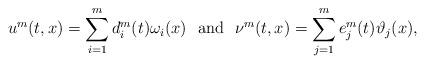
LaTeX: \begin{align*} u^m(t, x) =\sum_{i=1}^m d_i^m(t)\omega_i(x)\,\, \textrm{ and }\,\, \nu^m(t, x) =\sum_{j=1}^m e_j^m(t)\vartheta_j(x), \end{align*}